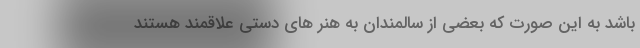
باشد به این صورت که بعضی از سالمندان به هنر های دستی علاقمند هستند